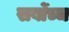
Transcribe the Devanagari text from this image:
सर्बोच्च